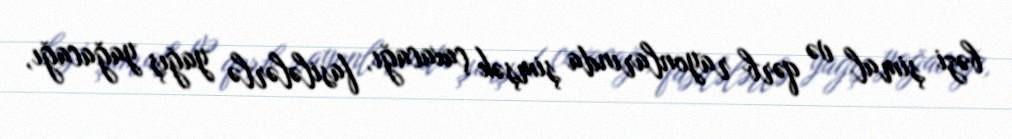
bəzi şimal və qərb rayonlarında şimşək çaxacağı, fasilələrlə yağış yağacağı,